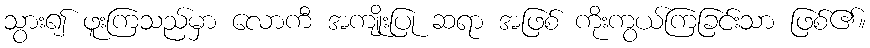
သွား၍ ဖူးကြသည်မှာ လောကီ အကျိုးပြု ဆရာ အဖြစ် ကိုးကွယ်ကြခြင်းသာ ဖြစ်၏။